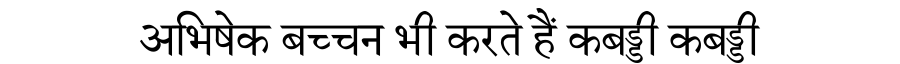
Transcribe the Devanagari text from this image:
अभिषेक बच्चन भी करते हैं कबड्डी कबड्डी